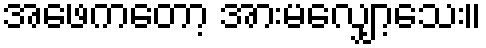
အဖေကတော့ အားမလျှော့သေး။